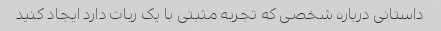
داستانی درباره شخصی که تجربه مثبتی با یک ربات دارد ایجاد کنید